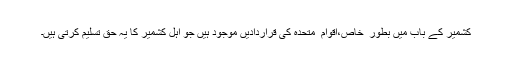
کشمیر کے باب میں بطور ِ خاص،اقوام ِ متحدہ کی قراردادیں موجود ہیں جو اہلِ کشمیر کا یہ حق تسلیم کرتی ہیں۔